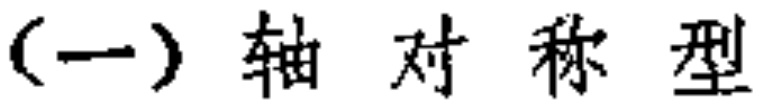
(一) 轴对称型